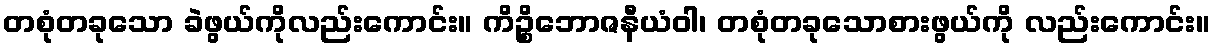
တစုံတခုသော ခဲဖွယ်ကိုလည်းကောင်း။ ကိဉ္စိဘောဇနီယံဝါ၊ တစုံတခုသောစားဖွယ်ကို လည်းကောင်း။